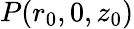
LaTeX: P(r_{0},0,z_{0})